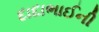
દાદાભાઈની